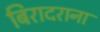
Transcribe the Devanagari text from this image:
बिरादराना